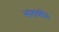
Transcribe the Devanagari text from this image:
भालचंद्रे।।